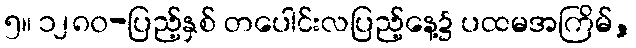
၅။ ၁၂၈၀-ပြည့်နှစ် တပေါင်းလပြည့်နေ့၌ ပထမအကြိမ်,